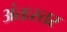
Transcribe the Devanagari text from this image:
अंतःस्तर